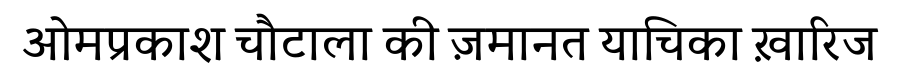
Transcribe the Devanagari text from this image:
ओमप्रकाश चौटाला की ज़मानत याचिका ख़ारिज